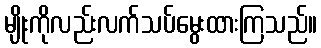
မျိုးကိုလည်းလက်သပ်မွေးထားကြသည်။